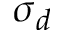
\sigma _ { d }